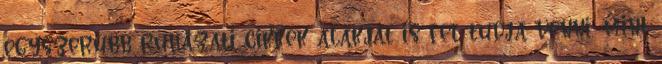
egyszerűbb ruházati cikkek alakját is fel tudja venni, mint